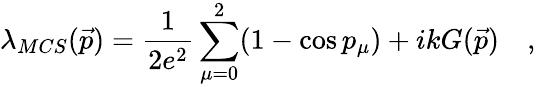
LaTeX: \lambda_{MCS}(\vec{p})=\frac{1}{2e^{2}}\sum_{\mu=0}^{2}(1-\cos p_{\mu})+ikG(\vec{p})\quad,